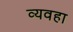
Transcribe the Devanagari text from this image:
व्यवहा